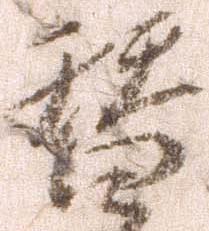
替